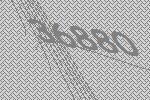
36880